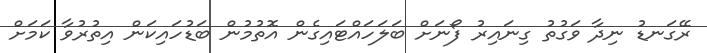
ރޭގަނޑު ނިދާ ވަގުތު ގިނައިރު ފޯނަށް ބަލަހައްޓައިގެން އޮތުމުން ބަޑުހައިކަން އިތުރުވާ ކަމަށް